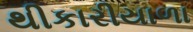
થીકારીયાળા